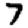
Digit: 7